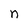
Character: n